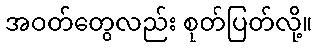
အဝတ်တွေလည်း စုတ်ပြတ်လို့။